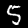
Digit: 5